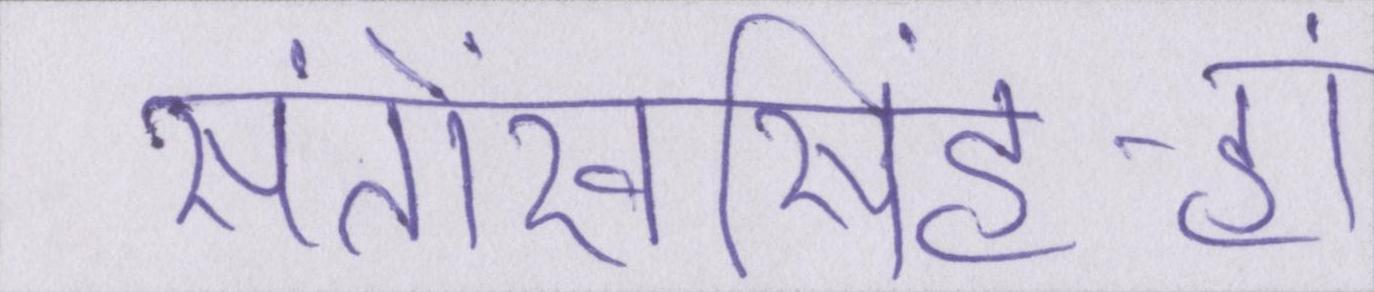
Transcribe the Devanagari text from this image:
संतोखसिंह-हां